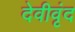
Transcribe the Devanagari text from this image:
देवीवृंद